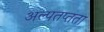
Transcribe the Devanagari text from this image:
अल्पतप्तता